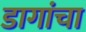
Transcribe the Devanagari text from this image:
डागांचा